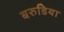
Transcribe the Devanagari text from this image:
बरुडिया